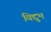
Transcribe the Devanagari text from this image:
विद्दुभ